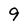
Character: 9